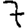
Digit: 7